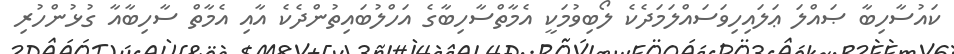
ކައުސާހިބާ ޞައްލަ ޢަލައިހިވަސައްލަމަދެކެ ލޯބިވުމަކީ އެމާތްސާހިބާގެ އަހްލުބައިތުންދެކެ އާއި އެމާތް ސާހިބާއާ ގުޅުންހުރި